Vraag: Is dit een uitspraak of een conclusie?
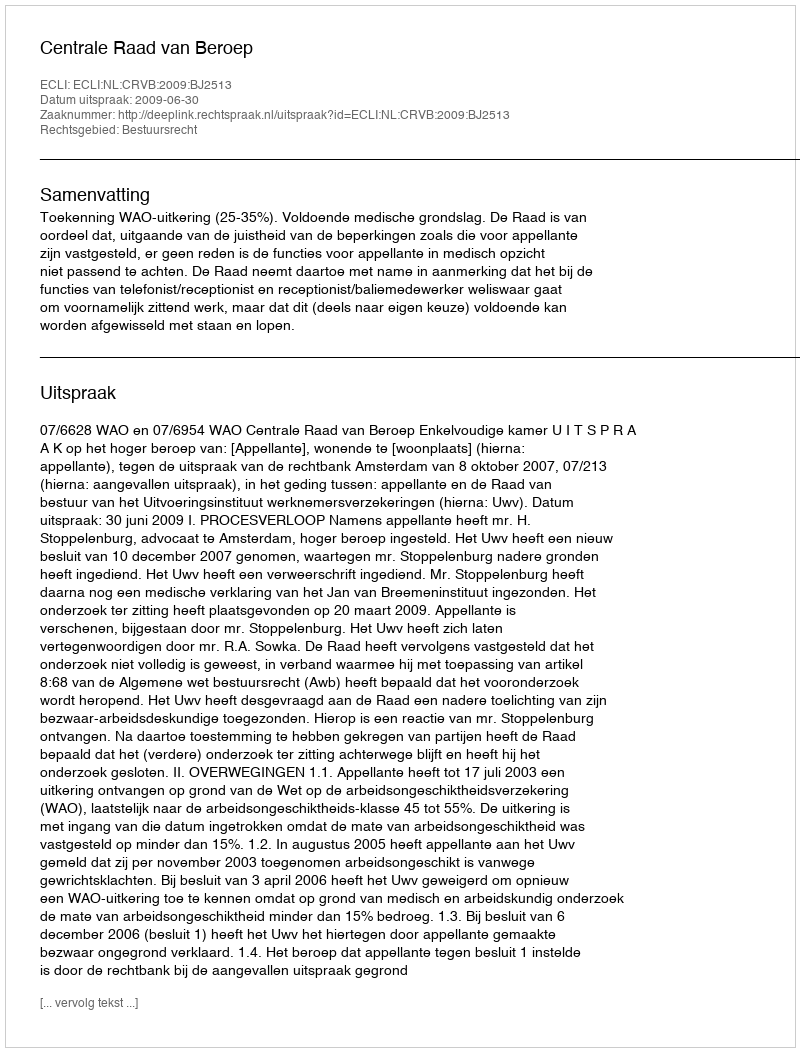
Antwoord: Uitspraak